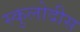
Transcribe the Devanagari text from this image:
स्कुलोदीस